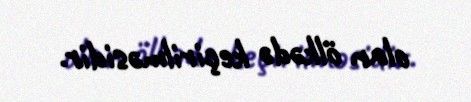
olan ölkədə keçirilməsidir.